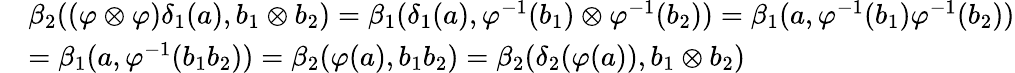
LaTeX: \begin{array}{rl}&{{\beta}_{2}((\varphi\otimes\varphi)\delta_{1}(a),b_{1}\otimes b_{2})=\beta_{1}(\delta_{1}(a),\varphi^{-1}(b_{1})\otimes\varphi^{-1}(b_{2}))=\beta_{1}(a,\varphi^{-1}(b_{1})\varphi^{-1}(b_{2}))}\\ &{=\beta_{1}(a,\varphi^{-1}(b_{1}b_{2}))={\beta}_{2}(\varphi(a),b_{1}b_{2})={\beta}_{2}({\delta}_{2}(\varphi(a)),b_{1}\otimes b_{2})}\end{array}